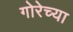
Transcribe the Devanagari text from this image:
गोरेच्या